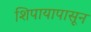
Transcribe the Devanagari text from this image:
शिपायापासून